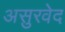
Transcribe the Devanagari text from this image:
असुरवेद